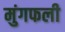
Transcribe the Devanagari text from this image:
मुंगफली